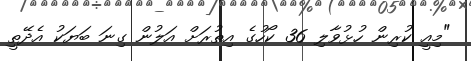
"މިއީ ކުރިން ހުޅުވާލި 36 ކޯހުގެ އިތުރަށް އަލުން ގިނަ ބަޔަކު އެދޭތީ